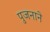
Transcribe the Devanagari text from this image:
पुजनाने